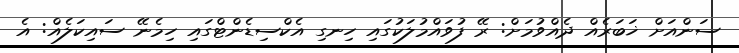
ސަންއަށް ޚަބަރެއް ދެއްވުމަށް: ރޭ ފުވައްމުލަކުގައި ހިނގި އެކްސިޑެންޓްގައި ހިމެނޭ ސައިކަލެއް: އެ